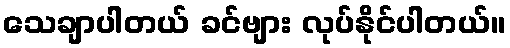
သေချာပါတယ် ခင်ဗျား လုပ်နိုင်ပါတယ်။